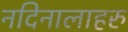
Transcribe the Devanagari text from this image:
नदिनालाहरु